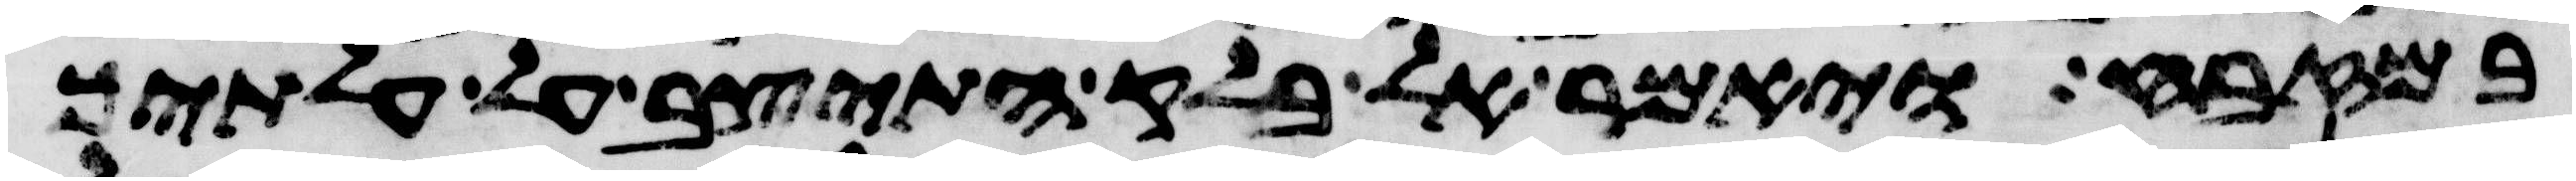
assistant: במזבח ויאמר אל בלק התיצב על עלתיך